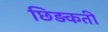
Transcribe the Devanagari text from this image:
छिड़कती